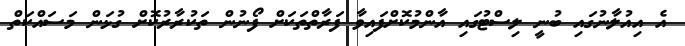
އެ އިއުލާނުގައި ބުނީ ލިސްޓުގައި އާންމުކޮށްފައިވާ ފަރާތްތަކަށް ފޯނުން ތަކުރާރުކޮށް ގުޅަން މަސައްކަތް